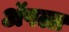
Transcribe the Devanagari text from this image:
अॅपला